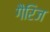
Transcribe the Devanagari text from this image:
गैरिज